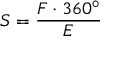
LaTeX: S = { \frac { F \cdot 3 6 0 ^ { \circ } } { E } }